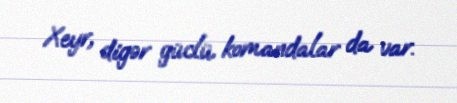
Xeyr, digər güclü komandalar da var.